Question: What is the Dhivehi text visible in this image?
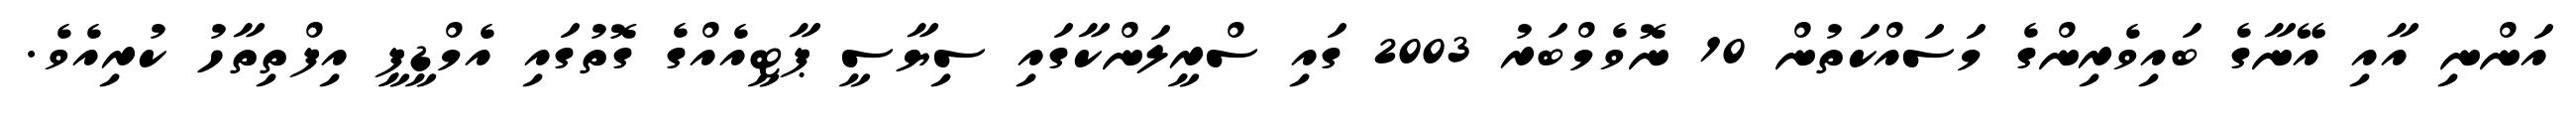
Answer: އަންނި އާއި އޭނާގެ ބައިވެރިންގެ މަސައްކަތުން 10 ނޮވެމްބަރު 2003 ގައި ސްރީލަންކާގައި ސިޔާސީ ޕާޓީއެއްގެ ގޮތުގައި އެމްޑީޕީ އިފްތިތާހު ކުރިއެވެ.